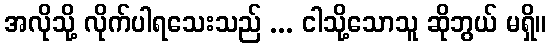
အလိုသို့ လိုက်ပါရသေးသည် ... ငါသို့သောသူ ဆိုဘွယ် မရှိ။